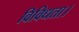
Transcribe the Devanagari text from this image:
विविधता।